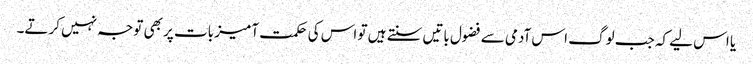
یا اس لیے کہ جب لوگ اس آدمی سے فضول باتیں سنتے ہیں تو اس کی حکمت آمیز بات پر بھی توجہ نہیں کرتے۔